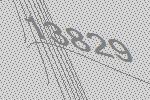
13829